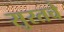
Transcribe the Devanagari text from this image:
सुरतचे